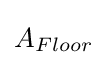
A_{Floor}\,\!